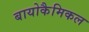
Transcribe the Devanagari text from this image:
बायोकैमिकल